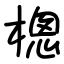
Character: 樬